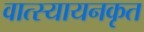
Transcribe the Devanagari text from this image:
वात्स्यायनकृत